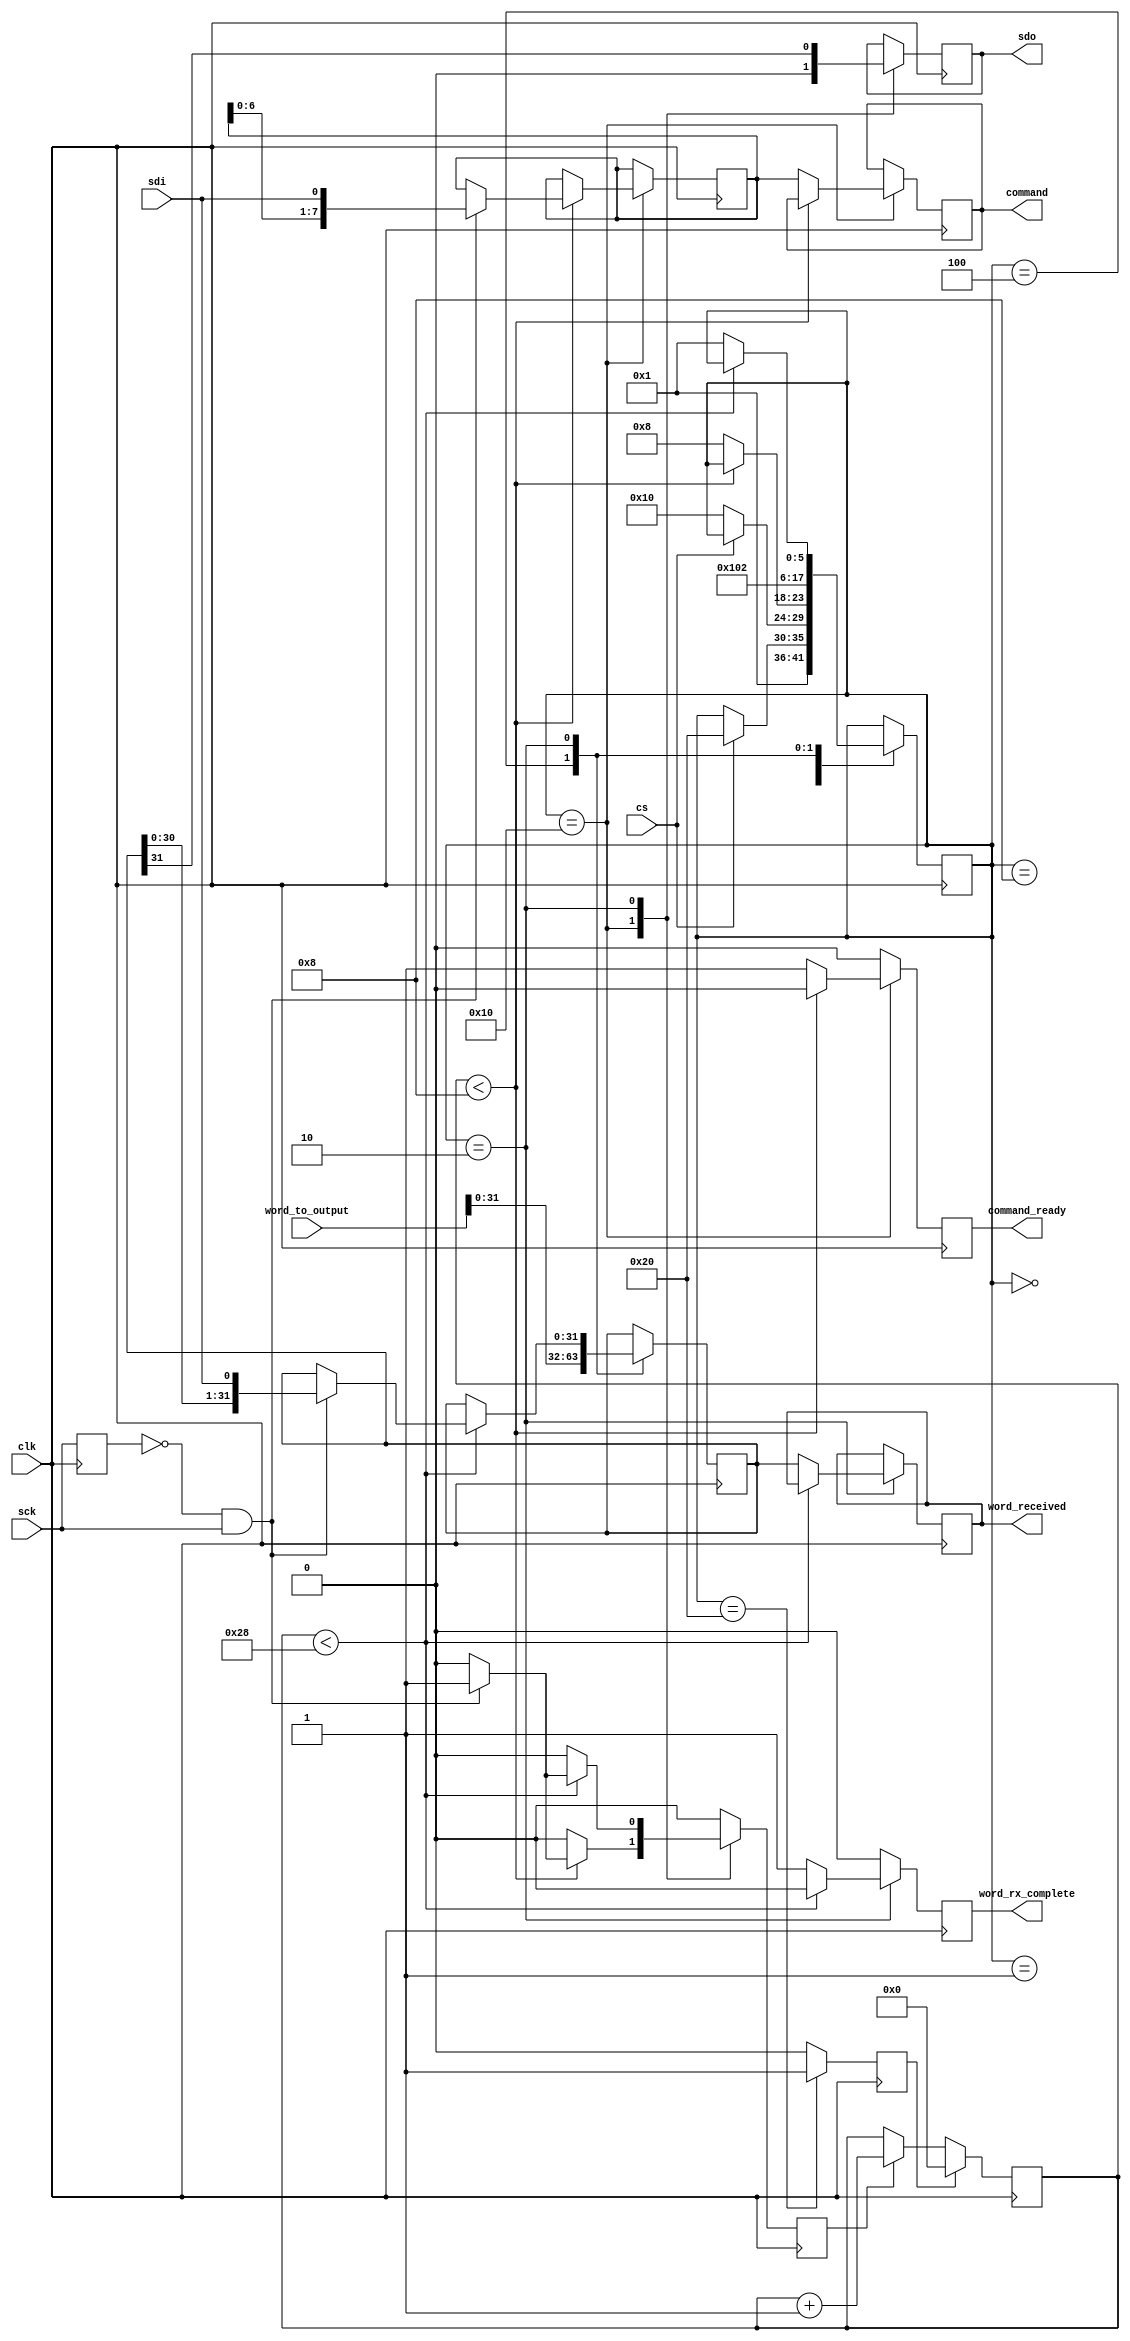
module simple_spi(
    input wire clk,

    // Control interface
    input wire [WORD_SIZE:0] word_to_output,
    output reg [WORD_SIZE - 1:0] word_received,
    output reg [COMMAND_SIZE - 1:0] command,
    output reg command_ready,
    output reg word_rx_complete,

    // SPI
    input wire sck, sdi, cs,
    output reg sdo
);

    // Word size.
    parameter WORD_SIZE    = 32;
    parameter COMMAND_SIZE = 8;

    // State encoding.
    parameter STATE_RESET  = 6'b000000;
    parameter STATE_WAIT   = 6'b100000;
    parameter STATE_CMD    = 6'b010000;
    parameter STATE_STAGE1 = 6'b001000;
    parameter STATE_STAGE2 = 6'b000100;
    parameter STATE_DATA   = 6'b000010;
    parameter STATE_STALL  = 6'b000001;

    wire sck_rising_edge;
    reg  sck_last_cycle;

    // Counter for the total bits observed in the current command.
    reg [5:0] bit_count;
    reg clear_bit_count, increment_bit_count;

    // Command and staging registers register.
    reg [31:0] current_word;
    reg [7:0] current_command;

    // Control FSM signals.
    reg [5:0] state;

    //
    // Initialization (for simulation and non-lattice platforms)
    //
    initial begin
        state <= STATE_RESET;
    end

    //
    // Datapath
    //

    // Rising edge detector for SC.
    always @(posedge clk) begin
        sck_last_cycle <= sck;
    end

    assign sck_rising_edge = (!sck_last_cycle) & (sck);

    // SCK edge counter
    always @(posedge clk) begin
    if (clear_bit_count == 1)
        bit_count <= 0;
    else if(increment_bit_count == 1)
        bit_count <= bit_count + 1;
    end

    //
    // Control
    //
    always @(posedge clk) begin

        // Default our control signals to unasserted.
        clear_bit_count     <= 0;
        increment_bit_count <= 0;
        command_ready       <= 0;
        word_rx_complete    <= 0;

        case(state)
            // By default, start off in the "STALL" state
            // to prevent interaction with a half-executed transaction.
            STATE_RESET: begin
                state <= STATE_STALL;
            end

            // The stall state is entered when CS is low, but we can't handle new
            // bits (e.g. we were receiveing it as the device started up, or we've
            // recieved more than a command + a word.
            STATE_STALL: begin
                if (cs == 1)
                  state <= STATE_WAIT;
            end

            // The wait state is the state where we idle while the chip isn't
            // actively selected. We wait here for a new transaciton, doing nothing,
            // until CS goes low.
            STATE_WAIT: begin
                clear_bit_count <= 1;

                if (cs == 0)
                    state <= STATE_CMD;
            end

            // Once CS has gone low, we shift in our command byte.
            STATE_CMD: begin
                sdo <= 0;

                if (bit_count < COMMAND_SIZE) begin

                    // Shift in our command bits.
                    if (sck_rising_edge == 1) begin
                        increment_bit_count <= 1;
                        current_command <= {current_command, sdi};
                    end
                end
                else begin
                    state <= STATE_STAGE1;
                    command_ready <= 1;
                    command <= current_command;
                end
            end

            // Wait state that allows the external controller to get data
            // ready for us.
            STATE_STAGE1: begin
                state <= STATE_STAGE2;
            end

            // Allow the external controller to stage a response, if desired.
            STATE_STAGE2: begin
                current_word <= word_to_output;
                state <= STATE_DATA;
            end

            // Once we've recieved a command byte, we recieve a 32-bit data word
            // and shift in/out the current word.
            STATE_DATA: begin
                sdo <= current_word[WORD_SIZE - 1];

                if (bit_count < (COMMAND_SIZE + WORD_SIZE)) begin

                    // Shift in our command bits.
                    if (sck_rising_edge == 1) begin
                        increment_bit_count <= 1;
                        current_word <= {current_word, sdi};
                    end
                end
                else begin
                    state <= STATE_STALL;
                    word_received <= current_word;
                    word_rx_complete <= 1;
                end
            end

        endcase
    end

// Establish initial conditions for simulation.
`ifdef COCOTB_SIM
    initial begin
        $dumpfile ("simple_spi.vcd");
        $dumpvars;
        #1;
    end
`endif


endmodule